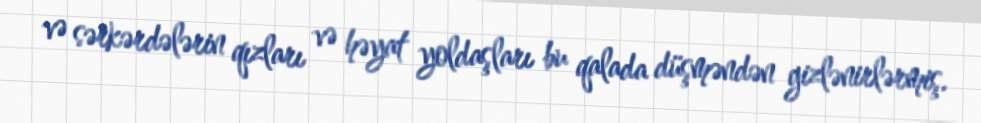
və sərkərdələrin qızları və həyat yoldaşları bu qalada düşməndən gizlənirlərmiş.